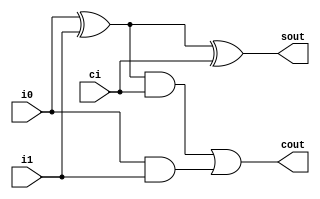
`timescale 1ns / 1ps
//////////////////////////////////////////////////////////////////////////////////
// Alex Hendren
// Sean McFeely
// EE480 - Spring 2013 - Heath
// Accumulator Based Processor
//
// Module Name:    bfa_gate 
//		Binary full adder with gate description
//
//////////////////////////////////////////////////////////////////////////////////
module bfa_gate(i0, i1, ci, sout, cout);

	input i0, i1, ci;
	output sout, cout;
	wire wxor, wand0, wand1;
	
	// Output, input, input
	xor Xor0(wxor, i0, i1);
	xor Xor1(sout, wxor, ci);
	and And0(wand0, wxor, ci);
	and And1(wand1, i0, i1);
	or  Or0(cout, wand0, wand1);

endmodule